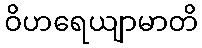
ဝိဟရေယျာမာတိ